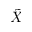
\tilde { X }